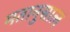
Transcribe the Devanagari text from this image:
मतानुसाल